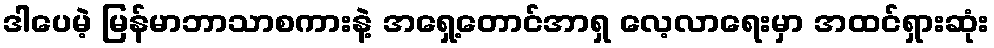
ဒါပေမဲ့ မြန်မာဘာသာစကားနဲ့ အရှေ့တောင်အာရှ လေ့လာရေးမှာ အထင်ရှားဆုံး